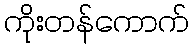
ကိုးတန်ကောက်